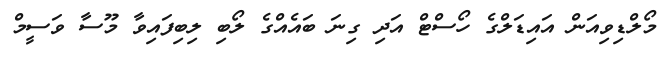
މޯލްޑިވިއަން އައިޑަލްގެ ހޯސްޓް އަދި ގިނަ ބައެއްގެ ލޯބި ލިބިފައިވާ މޫސާ ވަސީމް